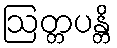
ဩတ္တပန္တိ